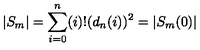
| S _ { m } | = \sum _ { i = 0 } ^ { n } ( i ) ! ( d _ { n } ( i ) ) ^ { 2 } = | S _ { m } ( 0 ) |